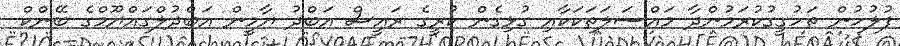
ފުލުހުން ތަހުގީގުކުރަމުންދާ މައްސަލަތަކަކާއި ގުޅިގެން ކުރީގެ ރައީސް އަބްދު ޔާމީން އަބްދުލްގައްޔޫމްގެ ބޭންކް